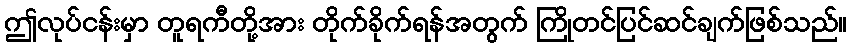
ဤလုပ်ငန်းမှာ တူရကီတို့အား တိုက်ခိုက်ရန်အတွက် ကြိုတင်ပြင်ဆင်ချက်ဖြစ်သည်။